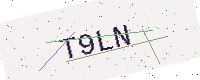
Text: T9LN